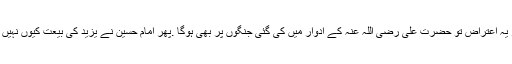
نیز پھر یہ اعتراض تو حضرت علی رضی اللہ عنہ کے ادوار میں کی گئی جنگوں پر بھی ہوگا .پھر امام حسین نے یزید کی بیعت کیوں نہیں کی....؟